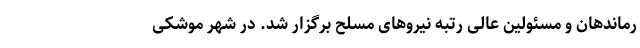
رماندهان و مسئولین عالی رتبه نیروهای مسلح برگزار شد. در شهر موشکی